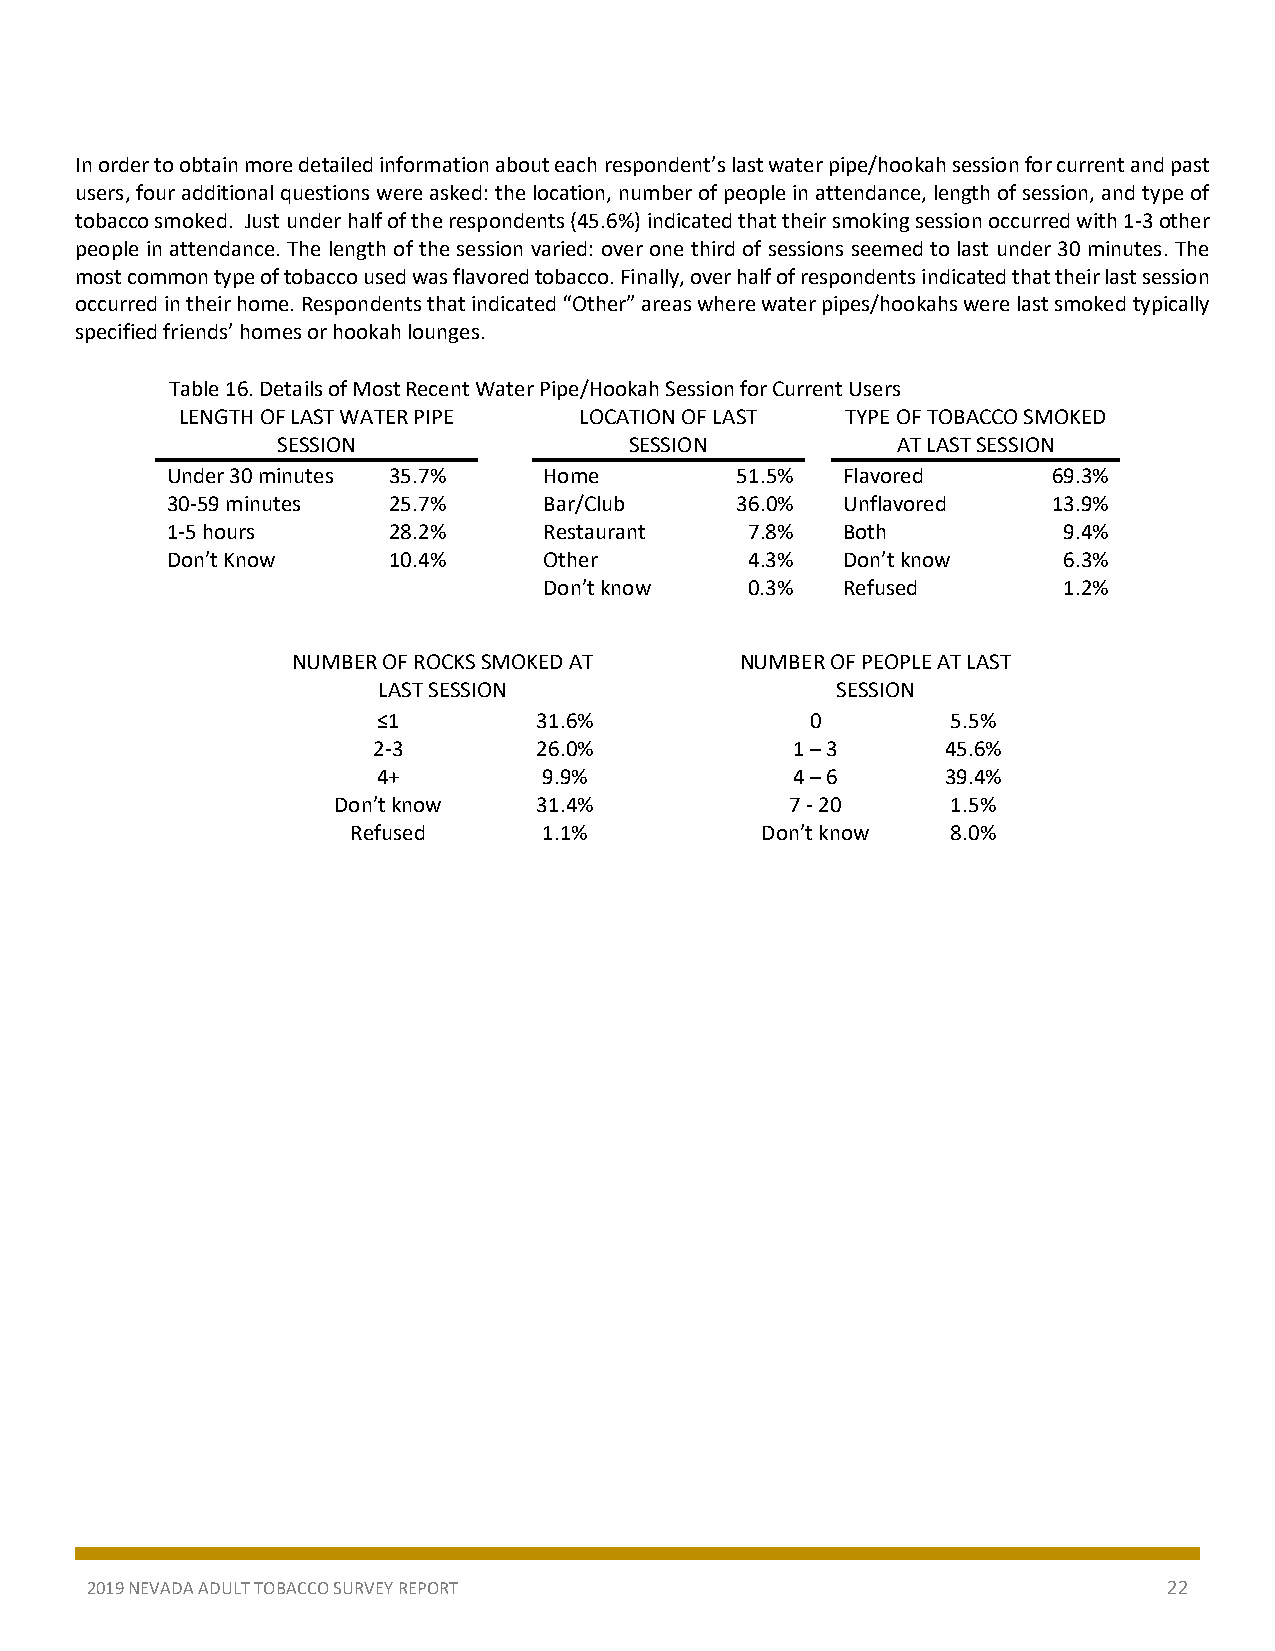
In order to obtain more detailed information about each respondent’s last water pipe/hookah session for current and past
 users, four additional questions were asked: the location, number of people in attendance, length of session, and type of
 tobacco smoked. Just under half of the respondents (45.6%) indicated that their smoking session occurred with 1-3 other
 people in attendance. The length of the session varied: over one third of sessions seemed to last under 30 minutes. The
 most common type of tobacco used was flavored tobacco. Finally, over half of respondents indicated that their last session
 occurred in their home. Respondents that indicated “Other” areas where water pipes/hookahs were last smoked typically
 specified friends’ homes or hookah lounges.
 Table 16. Details of Most Recent Water Pipe/Hookah Session for Current Users
 LENGTH OF LAST WATER PIPE LOCATION OF LAST  TYPE OF TOBACCO SMOKED
 SESSION                 SESSION          AT LAST SESSION
 Under 30 minutes 35.7%   Home         51.5%  Flavored      69.3%
 30-59 minutes  25.7%     Bar/Club     36.0%  Unflavored    13.9%
 1-5 hours      28.2%     Restaurant    7.8%  Both          9.4%
 Don’t Know     10.4%     Other         4.3%  Don’t know    6.3%
 Don’t know    0.3%  Refused       1.2%
 NUMBER OF ROCKS SMOKED AT     NUMBER OF PEOPLE AT LAST
 LAST SESSION                  SESSION
 ≤1         31.6%             0        5.5%
 2-3        26.0%           1 – 3      45.6%
 4+         9.9%            4 – 6      39.4%
 Don’t know    31.4%           7 - 20     1.5%
 Refused      1.1%          Don’t know   8.0%
 2019 NEVADA ADULT TOBACCO SURVEY REPORT                                22